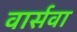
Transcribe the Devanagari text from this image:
वार्सवा